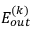
E _ { o u t } ^ { ( k ) }